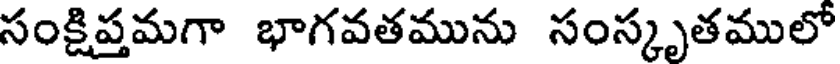
సంక్షిప్తమగా భాగవతమును సంస్కృతములో